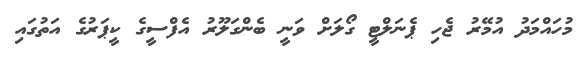
މުހައްމަދު އުމޭރު ޖެހި ޕެނަލްޓީ ގޯލަށް ވަނީ ބެންގަލޫރު އެފްސީގެ ކީޕަރުގެ އަތުގައި